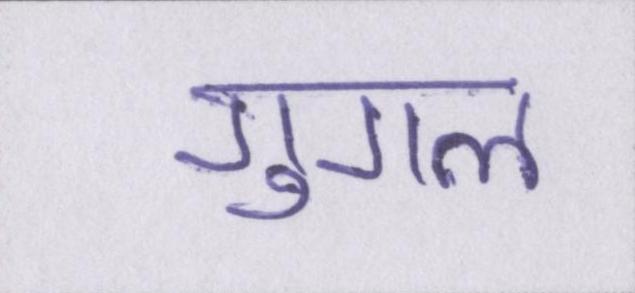
गुगल